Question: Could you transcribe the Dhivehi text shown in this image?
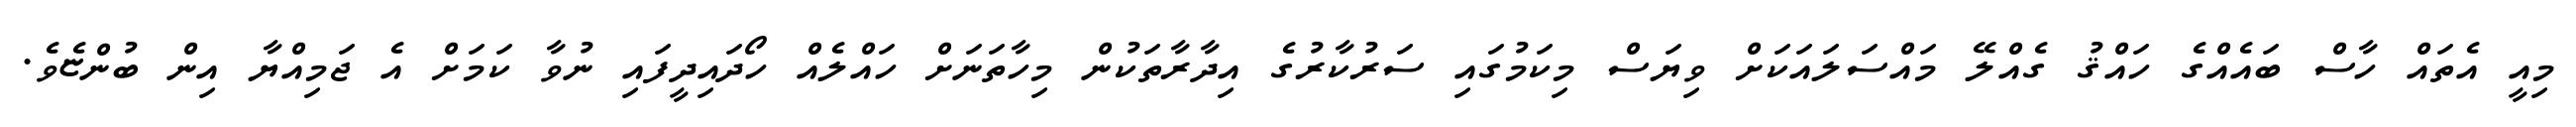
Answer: މިއީ އެތައް ހާސް ބައެއްގެ ހައްޤު ގެއްލޭ މައްސަލައަކަށް ވިޔަސް މިކަމުގައި ސަރުކާރުގެ އިދާރާތަކުން މިހާތަނަށް ހައްލެއް ހޯދައިދީފައި ނުވާ ކަމަށް އެ ޖަމިއްޔާ އިން ބުންޏެވެ.